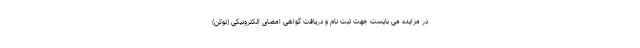
در مزایده می بایست جهت ثبت نام و دریافت گواهی امضای الکترونیکی (توکن)